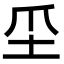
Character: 坕